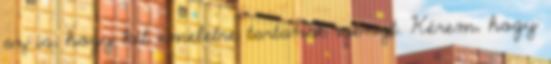
az is, hogy két emeletre tartanak igényt. Kérem, hogy